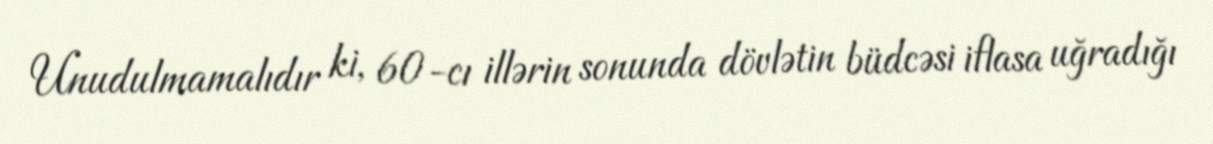
Unudulmamalıdır ki, 60-cı illərin sonunda dövlətin büdcəsi iflasa uğradığı